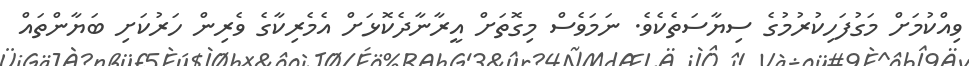
ވިއްކުމަށް މަގުފަހިކުރުމުގެ ސިޔާސަތެކެވެ. ނަމަވެސް މިގޮތަށް އީރާނާދެކޮޅަށް އެމެރިކާގެ ވެރިން ހަރުކަށި ބަޔާންތައް